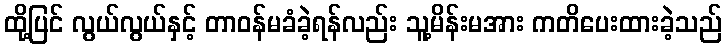
ထို့ပြင် လွယ်လွယ်နှင့် တာဝန်မခံခဲ့ရန်လည်း သူ့မိန်းမအား ကတိပေးထားခဲ့သည်